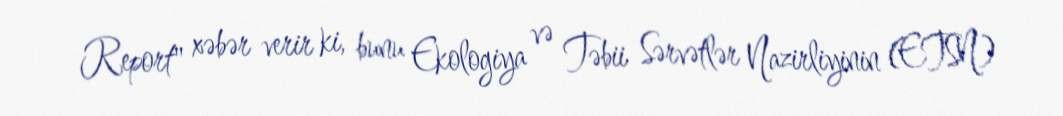
Report" xəbər verir ki, bunu Ekologiya və Təbii Sərvətlər Nazirliyinin (ETSN)